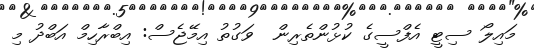
މައިލޯ ސިޓީ އެފްސީގެ ކުޅުންތެރިން  ވަގުތު އިމޭޖެސް: އިބްރާހިމް އަބްދު މި